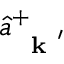
\hat { a } _ { \mathrm { ~ \bf ~ k ~ } ^ { \prime } } ^ { + }